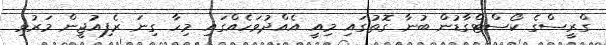
ގްރީސްގެ ކޯސްޓްގާޑުން ބުނާ ގޮތުގައި މިއީ އެއްދުވަހެއްގައި މިހާ ގިނަ ރެފިއުޖީން މަރުވި